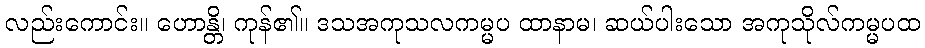
လည်းကောင်း။ ဟောန္တိ၊ ကုန်၏။ ဒသအကုသလကမ္မပ ထာနာမ၊ ဆယ်ပါးသော အကုသိုလ်ကမ္မပထ